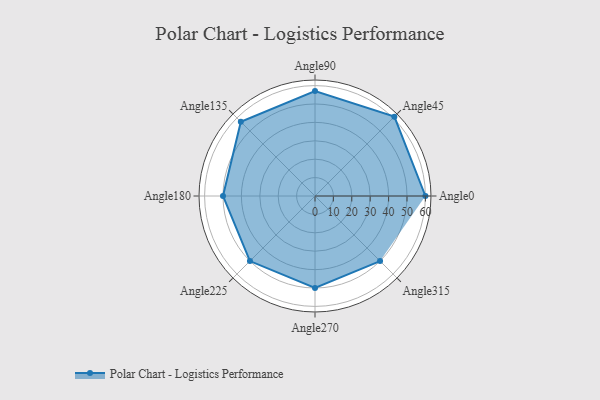
{"axis": {"x": "Angle", "y": "Radius"}, "legend": [""], "data": [{"x": "Angle0", "y": 60.0, "type": ""}, {"x": "Angle45", "y": 61.0, "type": ""}, {"x": "Angle90", "y": 57.0, "type": ""}, {"x": "Angle135", "y": 57.0, "type": ""}, {"x": "Angle180", "y": 50.0, "type": ""}, {"x": "Angle225", "y": 50, "type": ""}, {"x": "Angle270", "y": 50, "type": ""}, {"x": "Angle315", "y": 50, "type": ""}]}